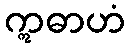
ဣဓာဟံ